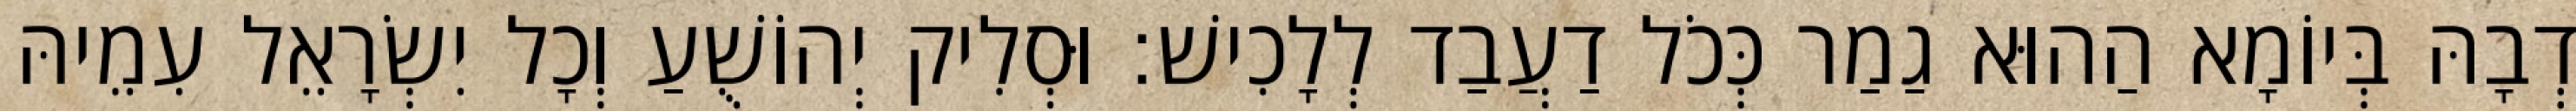
דְבָהּ בְּיוֹמָא הַהוּא גַמַר כְּכֹל דַעֲבַד לְלָכִישׁ׃ וּסְלִיק יְהוֹשֻׁעַ וְכָל יִשְׂרָאֵל עִמֵיהּ